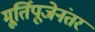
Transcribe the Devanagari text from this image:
मू्र्तिपूजेनंतर